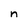
Character: n